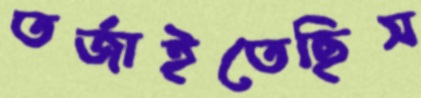
তর্জাইতেছিস